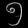
Digit: ၅